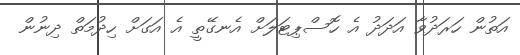
އަތުން ހަރަދުވާ އަދަދު އެ ހޮސްޕިޓަލަށް އެނގޭތީ އެ އަގަށް ހިދުމަތް ދިނުން